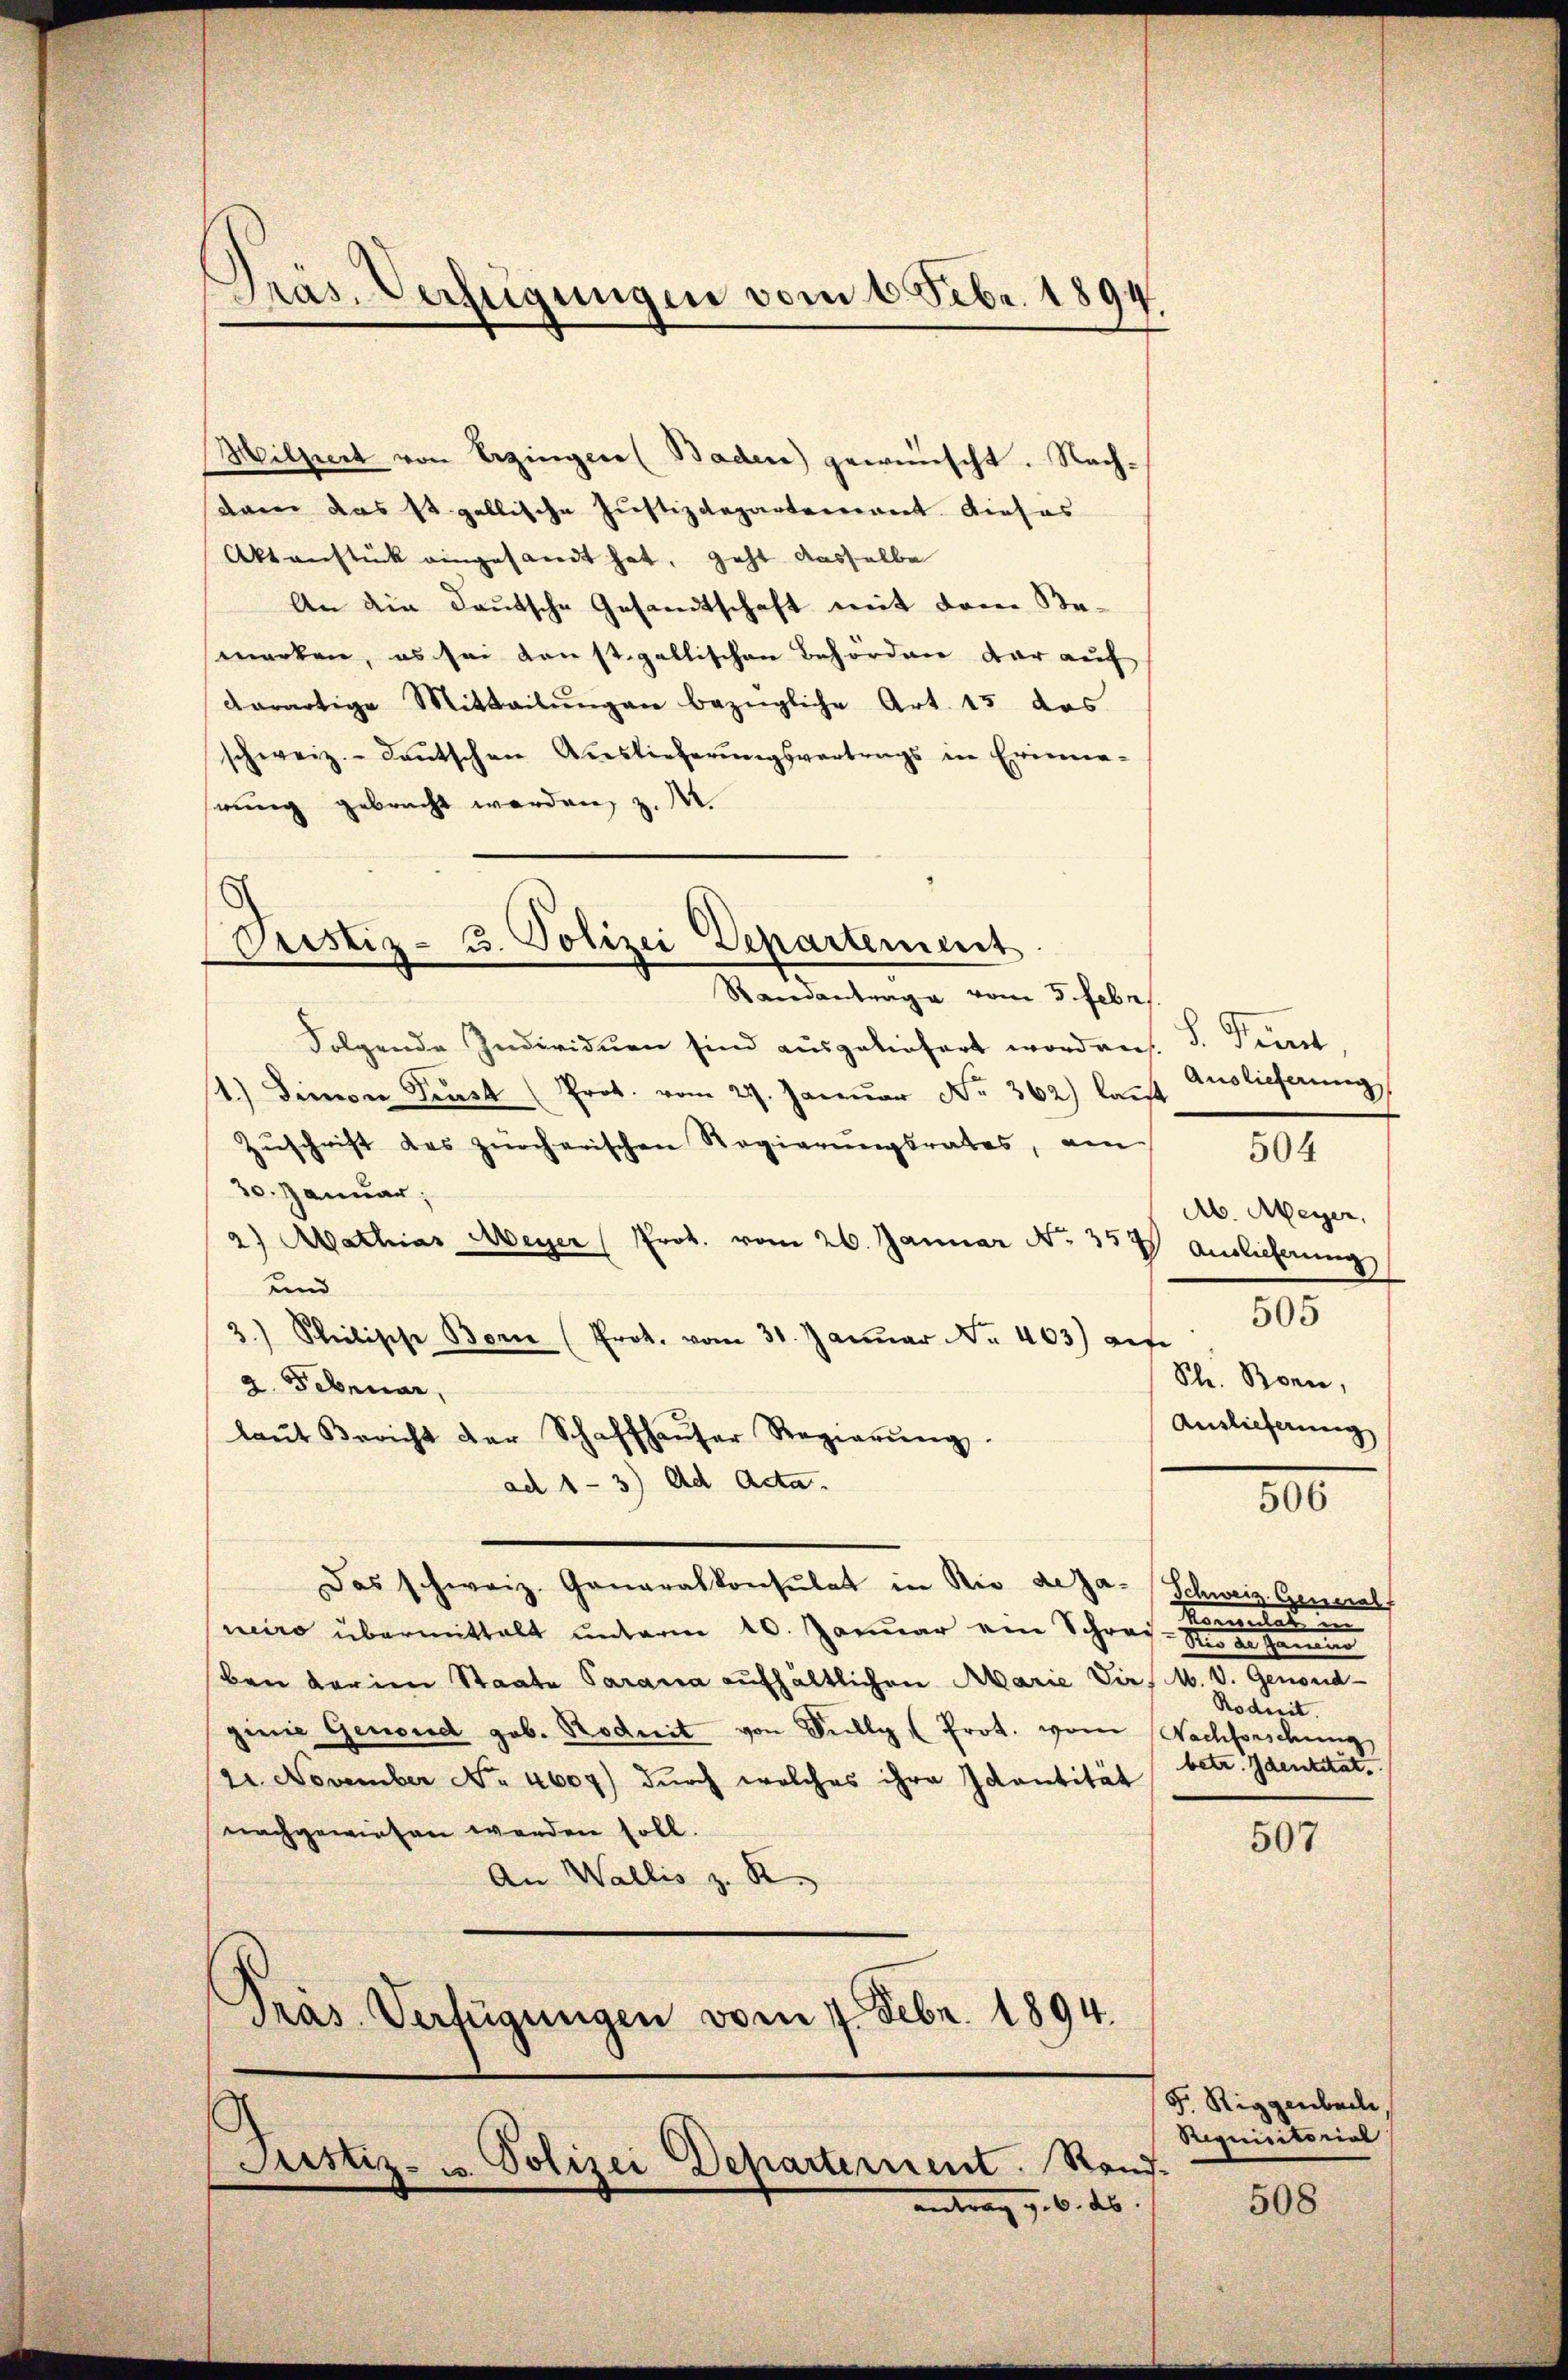
Präs. Verfügungen vom 6. Febr. 1894

Aktenstück eingesandt hat, geht dasselbe
schweiz.- deŭtschen Auslieferŭngsvertrags in Erinne-
swing gebracht werden, z. M.

6
Justiz- u. Polizei Departement

s

Justiz- u. Polizei Departement. Stand.
antrag d. 6. ds

laŭt Bericht der Schaffhaŭser Regierŭng.

ad 1-3) Ad Acta.

Milzenet von Bezingen (Baden) geweinscht. Nachdam das st. gallische Justizdepartement dieses
An die Deutsche Gesandtschaft mit dem Bemerken, es sei konst gallischen Behörden dar auf
derartige Mitteilŭngen bezügliche Art. 15 das

Standantrage vom 5. Febr.
Folgende Individuen sind ausgeliefert worden. S. Priest
1.) Demon Prust (Prok. vom 27. Januar Nr. 362) lauft
Zŭschrift des zürcherischen Regierŭngsrates, am
30. Januar,
2) Abathias Meyer (Prok. vom 26. Januar No. 357 Auslieferung
und
3.) Philische Bern (Prot. vom 31. Janŭar Nr. 403) auf
2. Februar,
Das schweiz. Generalkonsulat in Rio de Ja- Schweiz. Generalf
neiro übermittalt unterm 10. Januar ein Schade
ben darien Staate Parana aufhältlichen Marie Vie, M. V. Genoud-
ginie Genoud gob. Rodnit von Sully (Prot. von Nachforschung
21. November No. 4607) durch welches ihre Identität
nachgewiesen werden soll.
An Wallis z. R.
Präs. Verfügungen vom 7. Febr. 1894.

Auslieferung
Ab. Meyer,
505
Sh. Bonn,
Auslieferung

504

506

i
Rodnit.
betr. Identität. |

507

F. Riggenbach,
Requisitorial

508